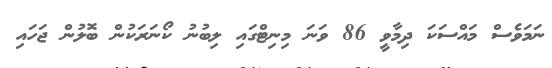
ނަމަވެސް މައްސަކަ ދިމާވީ 86 ވަނަ މިނިޓްގައި ލިބުނު ކޯނަރަކުން ބޮލުން ޖަހައި